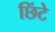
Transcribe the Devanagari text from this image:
छिंटे